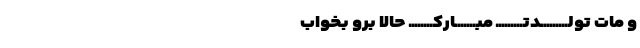
و مات تولـــــــــدتـــــــــ مبـــــــارکــــــــ حالا برو بخواب